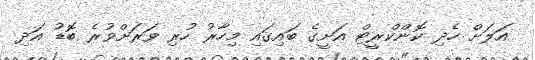
އަލަށް ހެދި ކޮންކްރީޓް އަށީގެ ބައިގައި މިހާރު ހުރި ވަރަށްވުރެ ބޮޑު އަދި